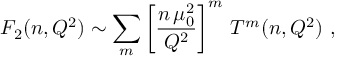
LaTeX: F _ { 2 } ( n , Q ^ { 2 } ) \sim \sum _ { m } \left[ \frac { n \, \mu _ { 0 } ^ { 2 } } { Q ^ { 2 } } \right] ^ { m } \, T ^ { m } ( n , Q ^ { 2 } ) \ ,